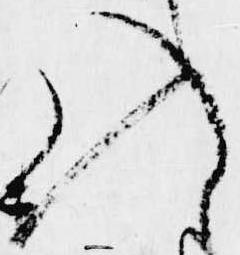
入